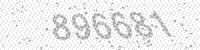
Solution: 896681